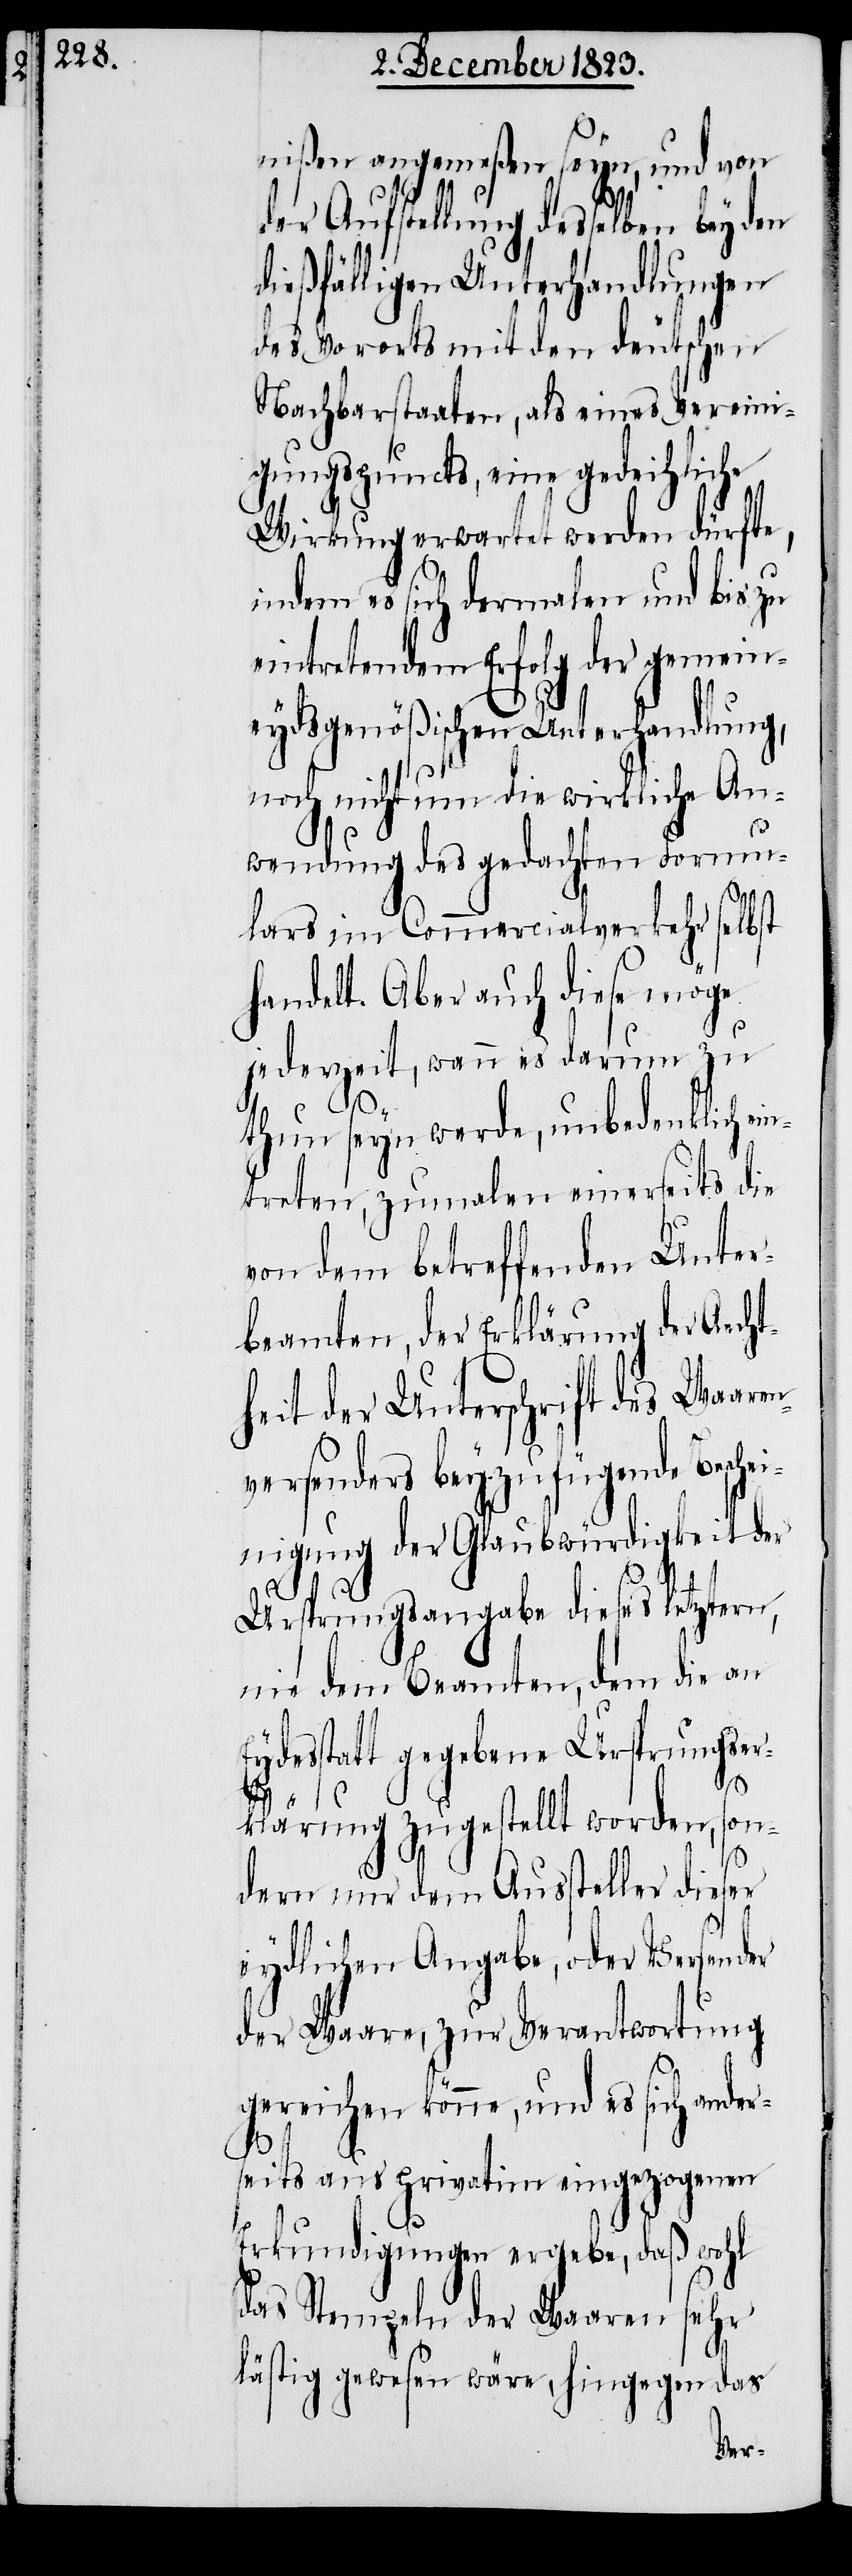
d¬
nißen angemeßen seyn, und von
er Aufstellung desselben bey den
dießfälligen Unterhandlungen
des Vororts mit den deutschen
Nachbarstaaten, als eines Vereini¬
gungspuncts, eine gedeihliche
Wirkung erwartet werden dürfte,
indem es sich dermalen und bis zu
eintretendem Erfolg der gemein¬
eydsgenößischen Unterhandlung,
noch nicht um die wirkliche An¬
wendung des gedachten Formu¬
lars im Commercialverkehr selbst
handelt. Aber auch diese möge
jederzeit, wann es darum zu
thun seyn werde, unbedenklich ein¬
treten, zumalen einerseits die
von dem betreffenden Unter¬
beamten, der Erklärung der Aecht¬
heit der Unterschrift des Waaren¬
versenders beyzufügende Besch¬
einigung der Glaubwürdigkeit der
Ursprungsangabe dieses letztern,
nie dem Beamten, dem die an
Eydesstatt gegebene Ursprungser¬
klärung zugestellt worden, son¬
dern nur dem Aussteller dieser
eydlichen Angabe, oder Versender
der Waare, zur Verantwortung
gereichen könne, und es sich ander¬
seits aus privatim eingezogenen
Erkundigungen ergebe, daß wohl
das Stempeln der Waaren sehr
lästig gewesen wäre, hingegen das